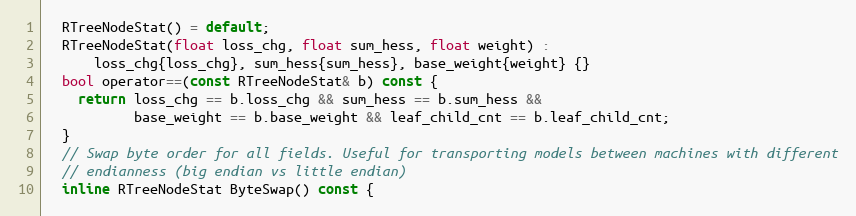
Language: C
  RTreeNodeStat() = default;
  RTreeNodeStat(float loss_chg, float sum_hess, float weight) :
      loss_chg{loss_chg}, sum_hess{sum_hess}, base_weight{weight} {}
  bool operator==(const RTreeNodeStat& b) const {
    return loss_chg == b.loss_chg && sum_hess == b.sum_hess &&
           base_weight == b.base_weight && leaf_child_cnt == b.leaf_child_cnt;
  }
  // Swap byte order for all fields. Useful for transporting models between machines with different
  // endianness (big endian vs little endian)
  inline RTreeNodeStat ByteSwap() const {